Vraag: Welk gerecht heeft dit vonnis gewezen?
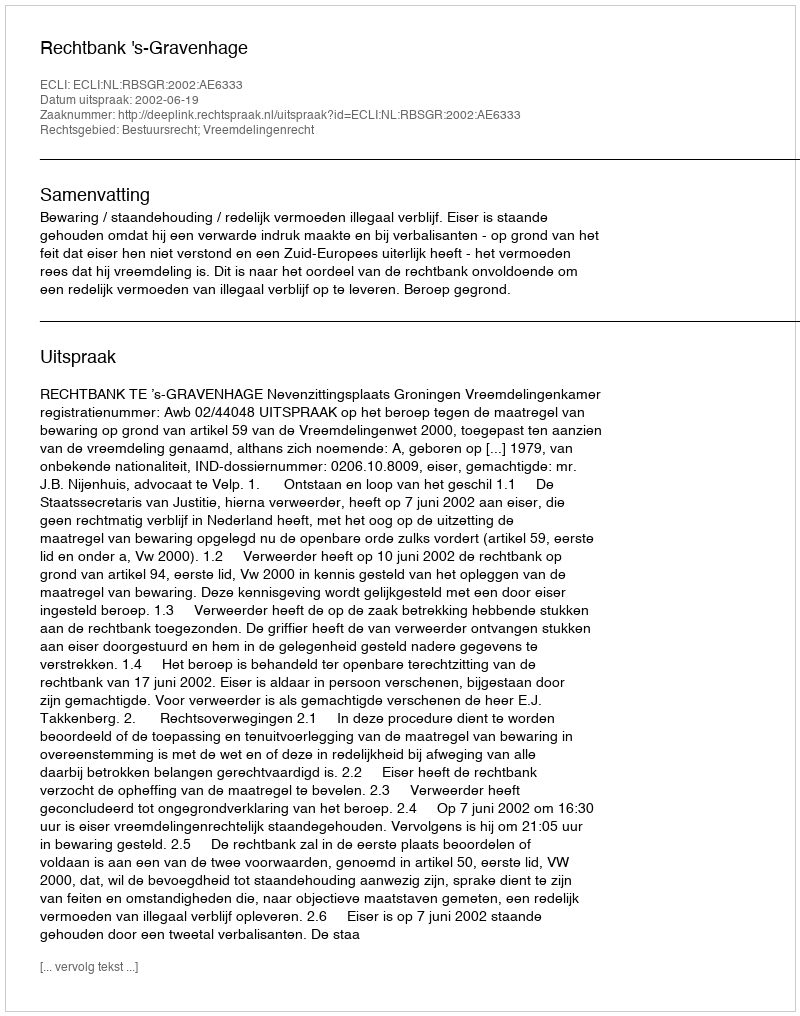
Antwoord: Rechtbank 's-Gravenhage